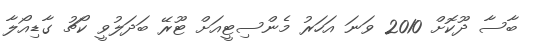
ބާސާ ދޫކޮށް 2010 ވަނަ އަހަރު މެންސިޓީއަށް ޓޫރޭ ބަދަލުވީ ކޯޗު ގާޑިއޯލާ